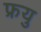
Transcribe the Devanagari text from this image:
फ्रयु